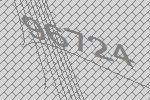
96724